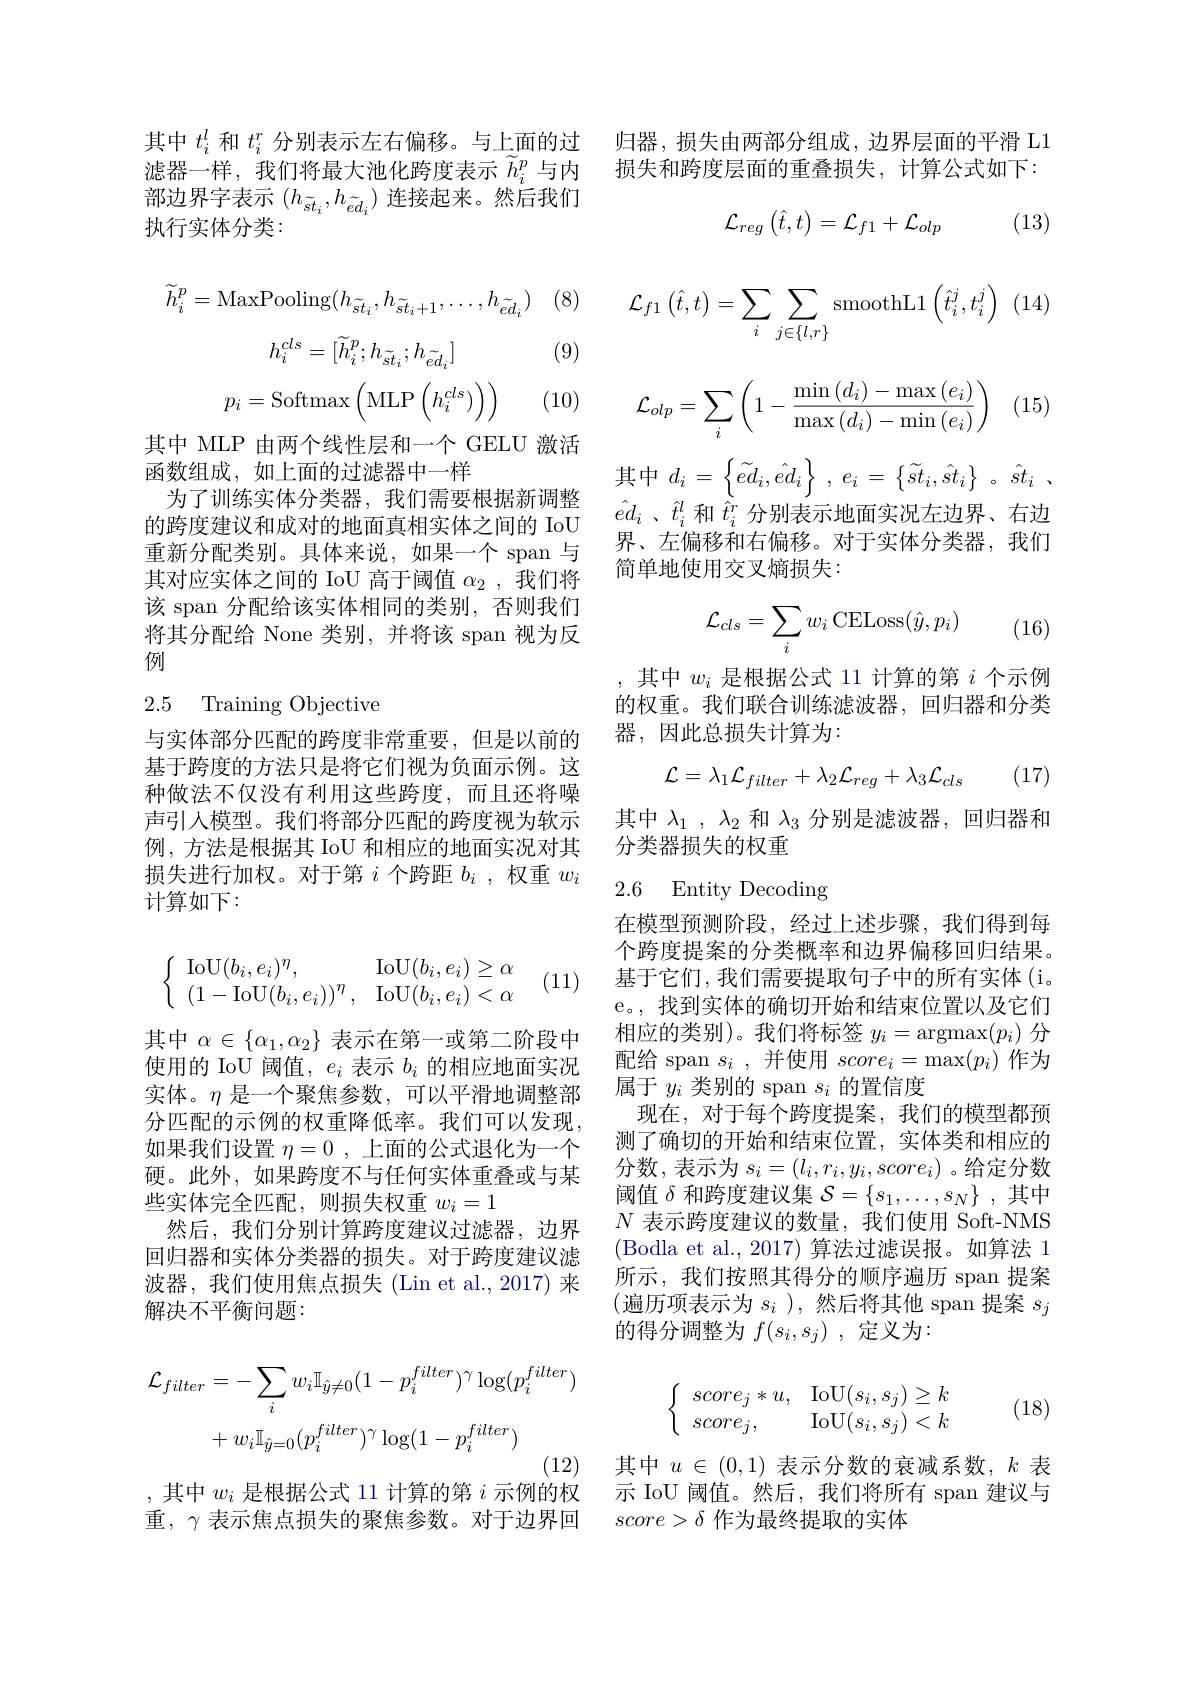
其中$t_i^l$和$t_i^r$分别表示左右偏移。与上面的过滤器一样，我们将最大池化跨度表示$\widetilde{h}_i^p$与内部边界字表示$(h_{\tilde{st}_i},h_{\tilde{ed}_i})$连接起来。然后我们执行实体分类：
$$\widetilde{h}_{i}^{p}=\mathrm{MaxPooling}(h_{\widetilde{st}_{i}},h_{\widetilde{st}_{i}+1},\ldots,h_{\widetilde{ed}_{i}})$$
1 (8)

(9)
$$h_i^{cls}=[\widetilde{h}_i^p;h_{\widetilde{st}_i};h_{\widetilde{ed}_i}]$$
$$p_i=\text{Softmax}\left(\text{MLP}\left(h_i^{cls})\right)\right)$$
(10)

其中 MLP 由两个线性层和一个 GELU 激活
函数组成，如上面的过滤器中一样
为了训练实体分类器，我们需要根据新调整的跨度建议和成对的地面真相实体之间的 IoU 重新分配类别。具体来说，如果一个 span 与其对应实体之间的 IoU 高于阈值$\alpha_2$,我们将该 span 分配给该实体相同的类别，否则我们将其分配给 None 类别，并将该 span 视为反例

## 2.5 Training Objective

与实体部分匹配的跨度非常重要，但是以前的基于跨度的方法只是将它们视为负面示例。这种做法不仅没有利用这些跨度，而且还将噪声引入模型。我们将部分匹配的跨度视为软示例，方法是根据其 IoU 和相应的地面实况对其损失进行加权。对于第$i$个跨距$b_i$ ,权重$w_i$ 计算如下：
$$\left\{\begin{array}{ll}\mathrm{IoU}(b_i,e_i)^\eta,&\mathrm{IoU}(b_i,e_i)\geq\alpha\\(1-\mathrm{IoU}(b_i,e_i))^\eta,&\mathrm{IoU}(b_i,e_i)<\alpha\end{array}\right.$$
(11)

其中$\alpha\in\{\alpha_1,\alpha_2\}$表示在第一或第二阶段中使用的 IoU 阈值，$e_i$表示$b_i$的相应地面实况实体。$\eta$是一个聚焦参数，可以平滑地调整部分匹配的示例的权重降低率。我们可以发现， 如果我们设置$\eta = 0$ ,上面的公式退化为一个硬。此外，如果跨度不与任何实体重叠或与某些实体完全匹配，则损失权重$w_i=1$
然后，我们分别计算跨度建议过滤器，边界回归器和实体分类器的损失。对于跨度建议滤波器，我们使用焦点损失(Lin et al.,2017)来解决不平衡问题：
$$\begin{aligned}\mathcal{L}_{filter}&=-\sum_{i}w_{i}\mathbb{I}_{\hat{y}\neq0}(1-p_{i}^{filter})^{\gamma}\log(p_{i}^{filter})\\&+w_{i}\mathbb{I}_{\hat{y}=0}(p_{i}^{filter})^{\gamma}\log(1-p_{i}^{filter})\end{aligned}$$
,其中$w_i$是根据公式 11 计算的第$i$示例的权

重，$\gamma$表示焦点损失的聚焦参数。对于边界回

归器，损失由两部分组成，边界层面的平滑 L1损失和跨度层面的重叠损失，计算公式如下：
$$\mathcal{L}_{reg}\begin{pmatrix}\hat t,t\end{pmatrix}=\mathcal{L}_{f1}+\mathcal{L}_{olp}$$
(13)
$$\mathcal{L}_{f1}\left(\hat{t},t\right)=\sum_{i}\sum_{j\in\{l,r\}}\mathrm{smoothL}1\left(\hat{t}_{i}^{j},t_{i}^{j}\right)$$
$$\begin{aligned}\mathcal{L}_{olp}&=\sum_i\left(1-\frac{\min\left(d_i\right)-\max\left(e_i\right)}{\max\left(d_i\right)-\min\left(e_i\right)}\right)\end{aligned}$$
(15)

其中$d_i= \left \{ \widetilde{e} d_{i}, \hat{e} d_{i}\right \}$ , $e_{i}= \left \{ \widetilde{s} t_{i}, \hat{s} t_{i}\right \}$ $。\hat{s} t_{i}$ , $\hat{e} d_{i}$ $、 \hat{t} _{i}^{l}$ 和$\hat{t} _i^{r}$ 分别表示地面实况左边界、右边

界、左偏移和右偏移。对于实体分类器，我们
简单地使用交叉熵损失：
$$\mathcal{L}_{cls}=\sum_iw_i\operatorname{CELoss}(\hat{y},p_i)$$
(16)

其中$w_i$是根据公式 11 计算的第$i$个示例的权重。我们联合训练滤波器，回归器和分类器，因此总损失计算为：
$$\mathcal{L}=\lambda_1\mathcal{L}_{filter}+\lambda_2\mathcal{L}_{reg}+\lambda_3\mathcal{L}_{cls}$$
(17)

其中$\lambda _1$ , $\lambda _2$和$\lambda_3$分别是滤波器，回归器和
分类器损失的权重

2.6 Entity Decoding

在模型预测阶段，经过上述步骤，我们得到每个跨度提案的分类概率和边界偏移回归结果。基于它们，我们需要提取句子中的所有实体(i。e。,找到实体的确切开始和结束位置以及它们相应的类别)。我们将标签$y_i=\operatorname{argmax}(p_i)$分配给 span $s_i$ ,并使用$score_i=\max(p_i)$作为属于$y_i$类别的 span $s_i$的置信度
现在，对于每个跨度提案，我们的模型都预测了确切的开始和结束位置，实体类和相应的分数，表示为$s_i=(l_i,r_i,y_i,score_i)$ 。给定分数阈值$\delta$和跨度建议集$\mathcal{S}=\{s_1,\ldots,s_N\}$ ,其中$N$表示跨度建议的数量，我们使用 Soft-NMS (Bodla et al., 2017) 算法过滤误报。如算法 1所示，我们按照其得分的顺序遍历 span 提案(遍历项表示为 $s_i$ ),然后将其他 span 提案 $s_j$ 的得分调整为$f(s_i,s_j)$ ,定义为：
$$\left\{\begin{array}{ll}score_j*u,&\mathrm{IoU}(s_i,s_j)\geq k\\score_j,&\mathrm{IoU}(s_i,s_j)<k\end{array}\right.$$
(18)

其中$u\in(0,1)$表示分数的衰减系数，$k$表示 IoU 阈值。然后，我们将所有 span 建议与$score>\delta$作为最终提取的实体